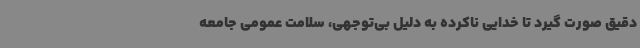
دقیق صورت گیرد تا خدایی ناکرده به دلیل بی‌توجهی، سلامت عمومی جامعه